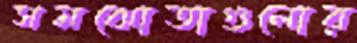
সমঝোতাগুলোর